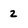
Character: 2